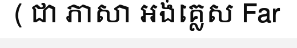
( ជា ភាសា អង់គ្លេស Far